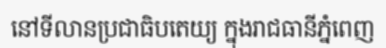
នៅទីលានប្រជាធិបតេយ្យ ក្នុងរាជធានីភ្នំពេញ